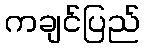
ကချင်ပြည်